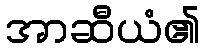
အာဆီယံ၏